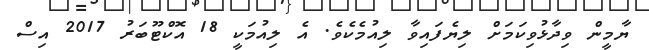
ޔާމީން ވިދާޅުވިކަމަށް ލިޔެފައިވާ ލިއުމެކެވެ. އެ ލިއުމަކީ 18 އޮކްޓޫބަރު 2017 އިސް